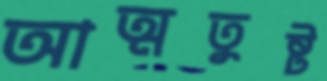
আত্মতুষ্ট